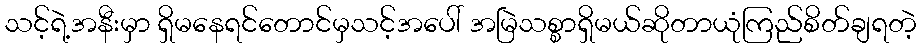
သင့်ရဲ့အနီးမှာ ရှိမနေရင်တောင်မှသင့်အပေါ် အမြဲသစ္စာရှိမယ်ဆိုတာယုံကြည်စိတ်ချရတဲ့